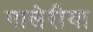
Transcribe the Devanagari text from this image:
गालेरीया